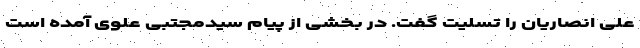
علی انصاریان را تسلیت گفت. در بخشی از پیام سیدمجتبی علوی آمده است